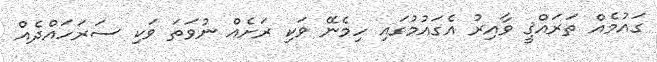
ގައުމެއް ތަރައްޤީ ވާއިރު އެގައުމުގައި ހިމެނޭ ވަކި ރަށެއް ނުވަތަ ވަކި ސަރަހައްދެއް